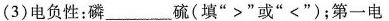
3)电负性：磷_______硫(填”>”或”<”)；第一电